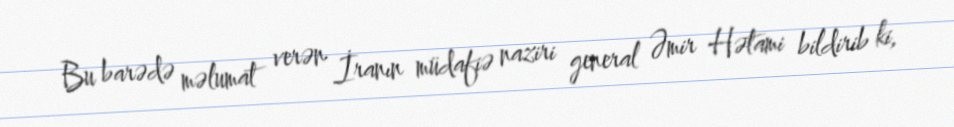
Bu barədə məlumat verən İranın müdafiə naziri general Əmir Hətami bildirib ki,